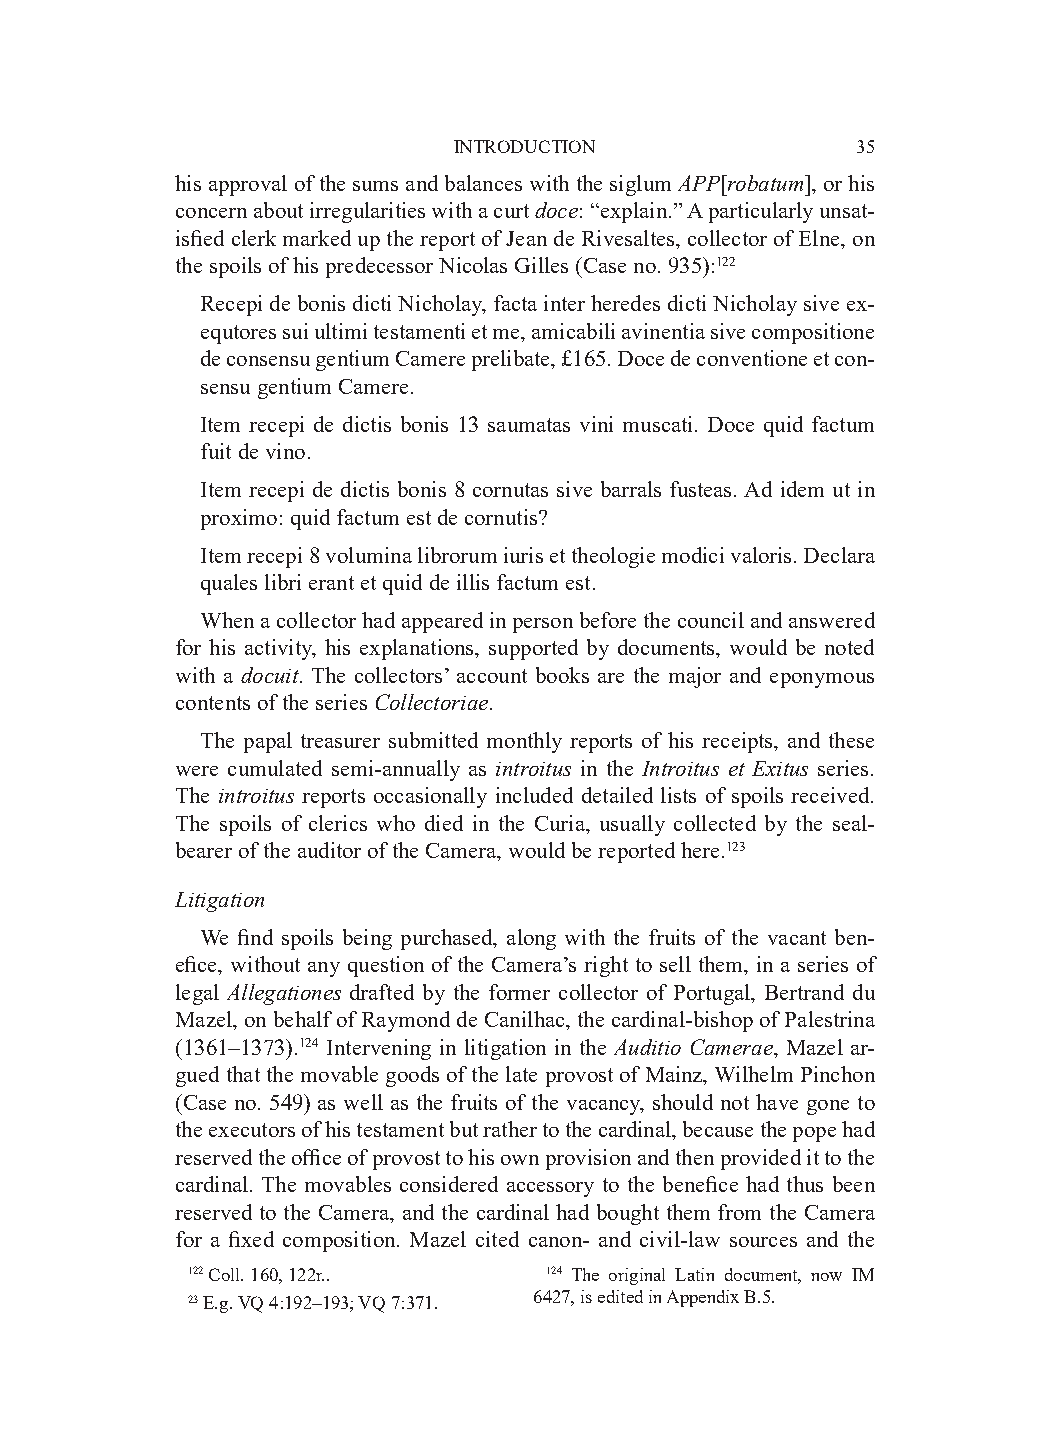
INTRODUCTION               35
 his approval of the sums and balances with the siglum APP[robatum], or his
 concern about irregularities with a curt doce: “explain.” A particularly unsat-
 isfied clerk marked up the report of Jean de Rivesaltes, collector of Elne, on
 the spoils of his predecessor Nicolas Gilles (Case no. 935):122
 Recepi de bonis dicti Nicholay, facta inter heredes dicti Nicholay sive ex-
 equtores sui ultimi testamenti et me, amicabili avinentia sive compositione
 de consensu gentium Camere prelibate, £165. Doce de conventione et con-
 sensu gentium Camere.
 Item recepi de dictis bonis 13 saumatas vini muscati. Doce quid factum
 fuit de vino.
 Item recepi de dictis bonis 8 cornutas sive barrals fusteas. Ad idem ut in
 proximo: quid factum est de cornutis?
 Item recepi 8 volumina librorum iuris et theologie modici valoris. Declara
 quales libri erant et quid de illis factum est.
 When a collector had appeared in person before the council and answered
 for his activity, his explanations, supported by documents, would be noted
 with a docuit. The collectors’ account books are the major and eponymous
 contents of the series Collectoriae.
 The papal treasurer submitted monthly reports of his receipts, and these
 were cumulated semi-annually as introitus in the Introitus et Exitus series.
 The introitus reports occasionally included detailed lists of spoils received.
 The spoils of clerics who died in the Curia, usually collected by the seal-
 bearer of the auditor of the Camera, would be reported here.123
 Litigation
 We find spoils being purchased, along with the fruits of the vacant ben-
 efice, without any question of the Camera’s right to sell them, in a series of
 legal Allegationes drafted by the former collector of Portugal, Bertrand du
 Mazel, on behalf of Raymond de Canilhac, the cardinal-bishop of Palestrina
 (1361–1373).124 Intervening in litigation in the Auditio Camerae, Mazel ar-
 gued that the movable goods of the late provost of Mainz, Wilhelm Pinchon
 (Case no. 549) as well as the fruits of the vacancy, should not have gone to
 the executors of his testament but rather to the cardinal, because the pope had
 reserved the office of provost to his own provision and then provided it to the
 cardinal. The movables considered accessory to the benefice had thus been
 reserved to the Camera, and the cardinal had bought them from the Camera
 for a fixed composition. Mazel cited canon- and civil-law sources and the
 122 Coll. 160, 122r..   124 The original Latin document, now IM
 23 E.g. VQ 4:192–193; VQ 7:371. 6427, is edited in Appendix B.5.